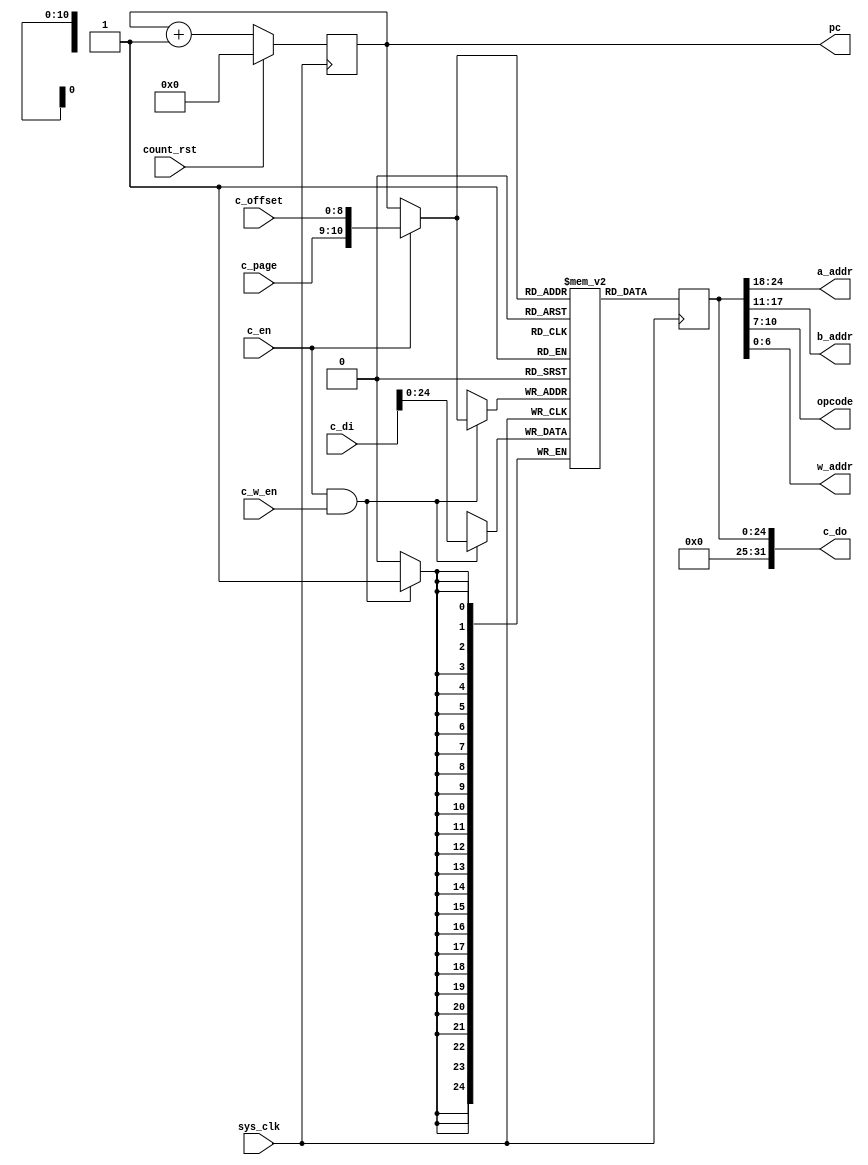
/*
 * Milkymist SoC
 * Copyright (C) 2007, 2008, 2009 Sebastien Bourdeauducq
 *
 * This program is free software: you can redistribute it and/or modify
 * it under the terms of the GNU General Public License as published by
 * the Free Software Foundation, version 3 of the License.
 *
 * This program is distributed in the hope that it will be useful,
 * but WITHOUT ANY WARRANTY; without even the implied warranty of
 * MERCHANTABILITY or FITNESS FOR A PARTICULAR PURPOSE.  See the
 * GNU General Public License for more details.
 *
 * You should have received a copy of the GNU General Public License
 * along with this program.  If not, see <http://www.gnu.org/licenses/>.
 */

/* Program memory has 2048 25-bit words */

module pfpu_prog(
	input sys_clk,
	input count_rst,

	output [6:0] a_addr,
	output [6:0] b_addr,
	output [3:0] opcode,
	output [6:0] w_addr,
	
	/* Control interface */
	input c_en,
	input [1:0] c_page,
	input [8:0] c_offset,
	output [31:0] c_do,
	input [31:0] c_di,
	input c_w_en,

	output [10:0] pc
);

/* Infer single port RAM */
wire [10:0] mem_a;
wire [24:0] mem_di;
reg [24:0] mem_do;
wire mem_we;
reg [24:0] mem[0:2047];
always @(posedge sys_clk) begin
	if(mem_we)
		mem[mem_a] <= mem_di;
	mem_do <= mem[mem_a];
end

/* Control logic */
reg [10:0] counter;
always @(posedge sys_clk) begin
	if(count_rst)
		counter <= 10'd0;
	else
		counter <= counter + 10'd1;
end
assign mem_a = c_en ? {c_page, c_offset} : counter;

assign c_do = {7'd0, mem_do};
assign mem_di = c_di[24:0];
assign mem_we = c_en & c_w_en;

assign a_addr = mem_do[24:18];	// 7
assign b_addr = mem_do[17:11];	// 7
assign opcode = mem_do[10:7];	// 4
assign w_addr = mem_do[6:0];	// 7

assign pc = counter;

endmodule